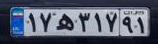
۱۷ه۳۱۷۹۱